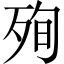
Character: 殉